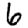
Digit: 6